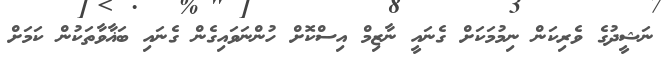
ނަޝީދުގެ ވެރިކަން ނިމުމަކަށް ގެނައީ ނާޒިމް އިސްކޮށް ހުންނަވައިގެން ގެނައި ބަޣާވާތަކުން ކަމަށް